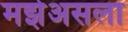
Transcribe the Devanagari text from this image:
मझेअसला